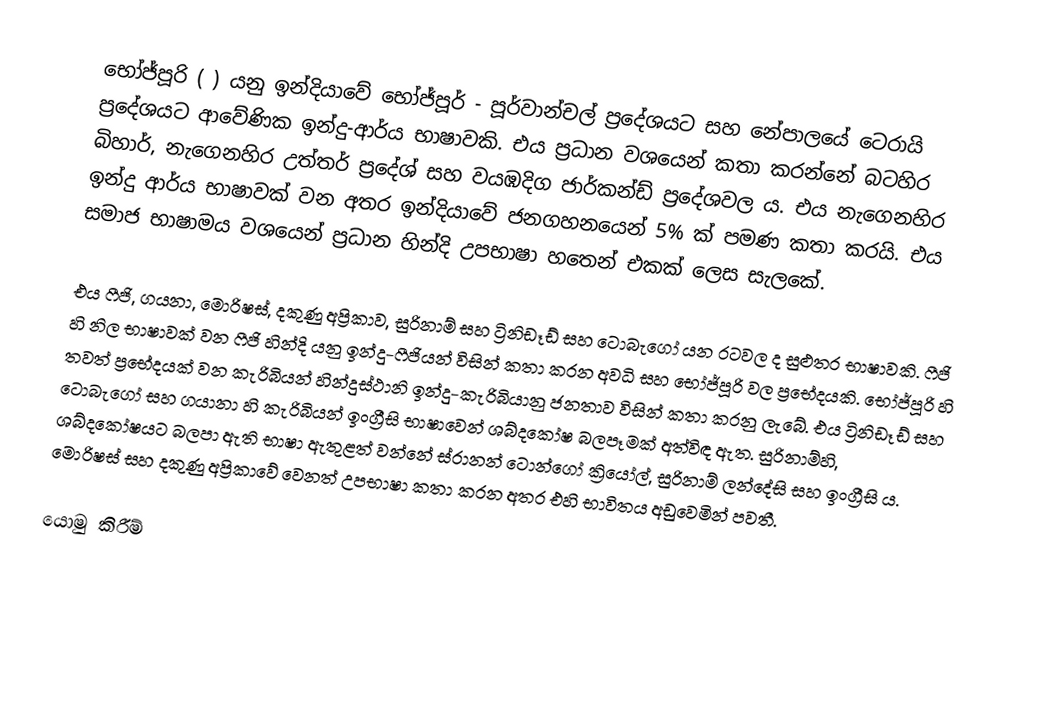
භෝජ්පූරි (   ) යනු ඉන්දියාවේ භෝජ්පූර් - පූර්වාන්චල් ප්‍රදේශයට සහ නේපාලයේ ටෙරායි ප්‍රදේශයට ආවේණික ඉන්දු-ආර්ය භාෂාවකි.  එය ප්‍රධාන වශයෙන් කතා කරන්නේ බටහිර බිහාර්, නැගෙනහිර උත්තර් ප්‍රදේශ් සහ වයඹදිග ජාර්කන්ඩ් ප්‍රදේශවල ය. එය නැගෙනහිර ඉන්දු ආර්ය භාෂාවක් වන අතර  ඉන්දියාවේ ජනගහනයෙන් 5% ක් පමණ කතා කරයි. එය සමාජ භාෂාමය වශයෙන් ප්‍රධාන හින්දි උපභාෂා හතෙන් එකක් ලෙස සැලකේ.

එය ෆීජි, ගයනා, මොරිෂස්, දකුණු අප්‍රිකාව, සුරිනාම් සහ ට්‍රිනිඩෑඩ් සහ ටොබැගෝ යන රටවල ද සුළුතර භාෂාවකි. ෆීජි හි නිල භාෂාවක් වන ෆීජි හින්දි යනු ඉන්දු-ෆීජියන් විසින් කතා කරන අවධි සහ භෝජ්පූරි වල ප්‍රභේදයකි. භෝජ්පූරි හි තවත් ප්‍රභේදයක් වන කැරිබියන් හින්දුස්ථානි ඉන්දු-කැරිබියානු ජනතාව විසින් කතා කරනු ලැබේ.  එය ට්‍රිනිඩෑඩ් සහ ටොබැගෝ සහ ගයානා හි කැරිබියන් ඉංග්‍රීසි භාෂාවෙන් ශබ්දකෝෂ බලපෑමක් අත්විඳ ඇත. සුරිනාම්හි, ශබ්දකෝෂයට බලපා ඇති භාෂා ඇතුළත් වන්නේ ස්රානන් ටොන්ගෝ ක්‍රියෝල්, සුරිනාම් ලන්දේසි සහ ඉංග්‍රීසි ය. මොරිෂස් සහ දකුණු අප්‍රිකාවේ වෙනත් උපභාෂා කතා කරන අතර එහි භාවිතය අඩුවෙමින් පවතී.

යොමු කිරීම්